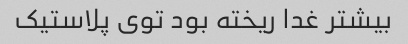
بیشتر غدا ریخته بود توی پلاستیک